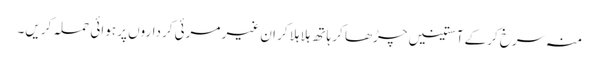
منہ سرخ کرکے آستینیں چڑھا کر ہاتھ ہلا ہلا کر ان غیر مرئی کرداروں پر ہوائی حملہ کریں۔